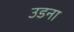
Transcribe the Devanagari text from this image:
उडना